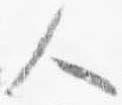
人